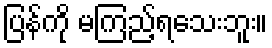
ပြန်ကို မကြည့်ရသေးဘူး။